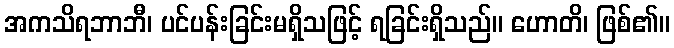
အကသိရဘာဘီ၊ ပင်ပန်းခြင်းမရှိသဖြင့် ရခြင်းရှိသည်။ ဟောတိ၊ ဖြစ်၏။